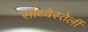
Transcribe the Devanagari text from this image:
सौथ्वेस्तेर्ली